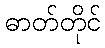
ဓာတ်တိုင်